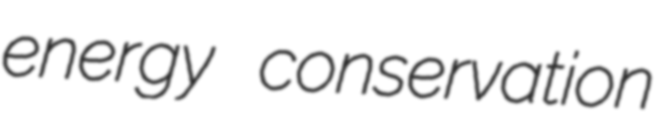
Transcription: energy conservation